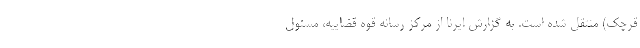
قرچک) منتقل شده است. به گزارش ایرنا از مرکز رسانه قوه قضاییه، مسئول